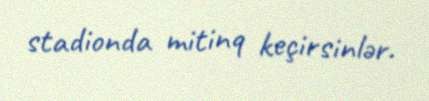
stadionda mitinq keçirsinlər.